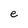
Character: e